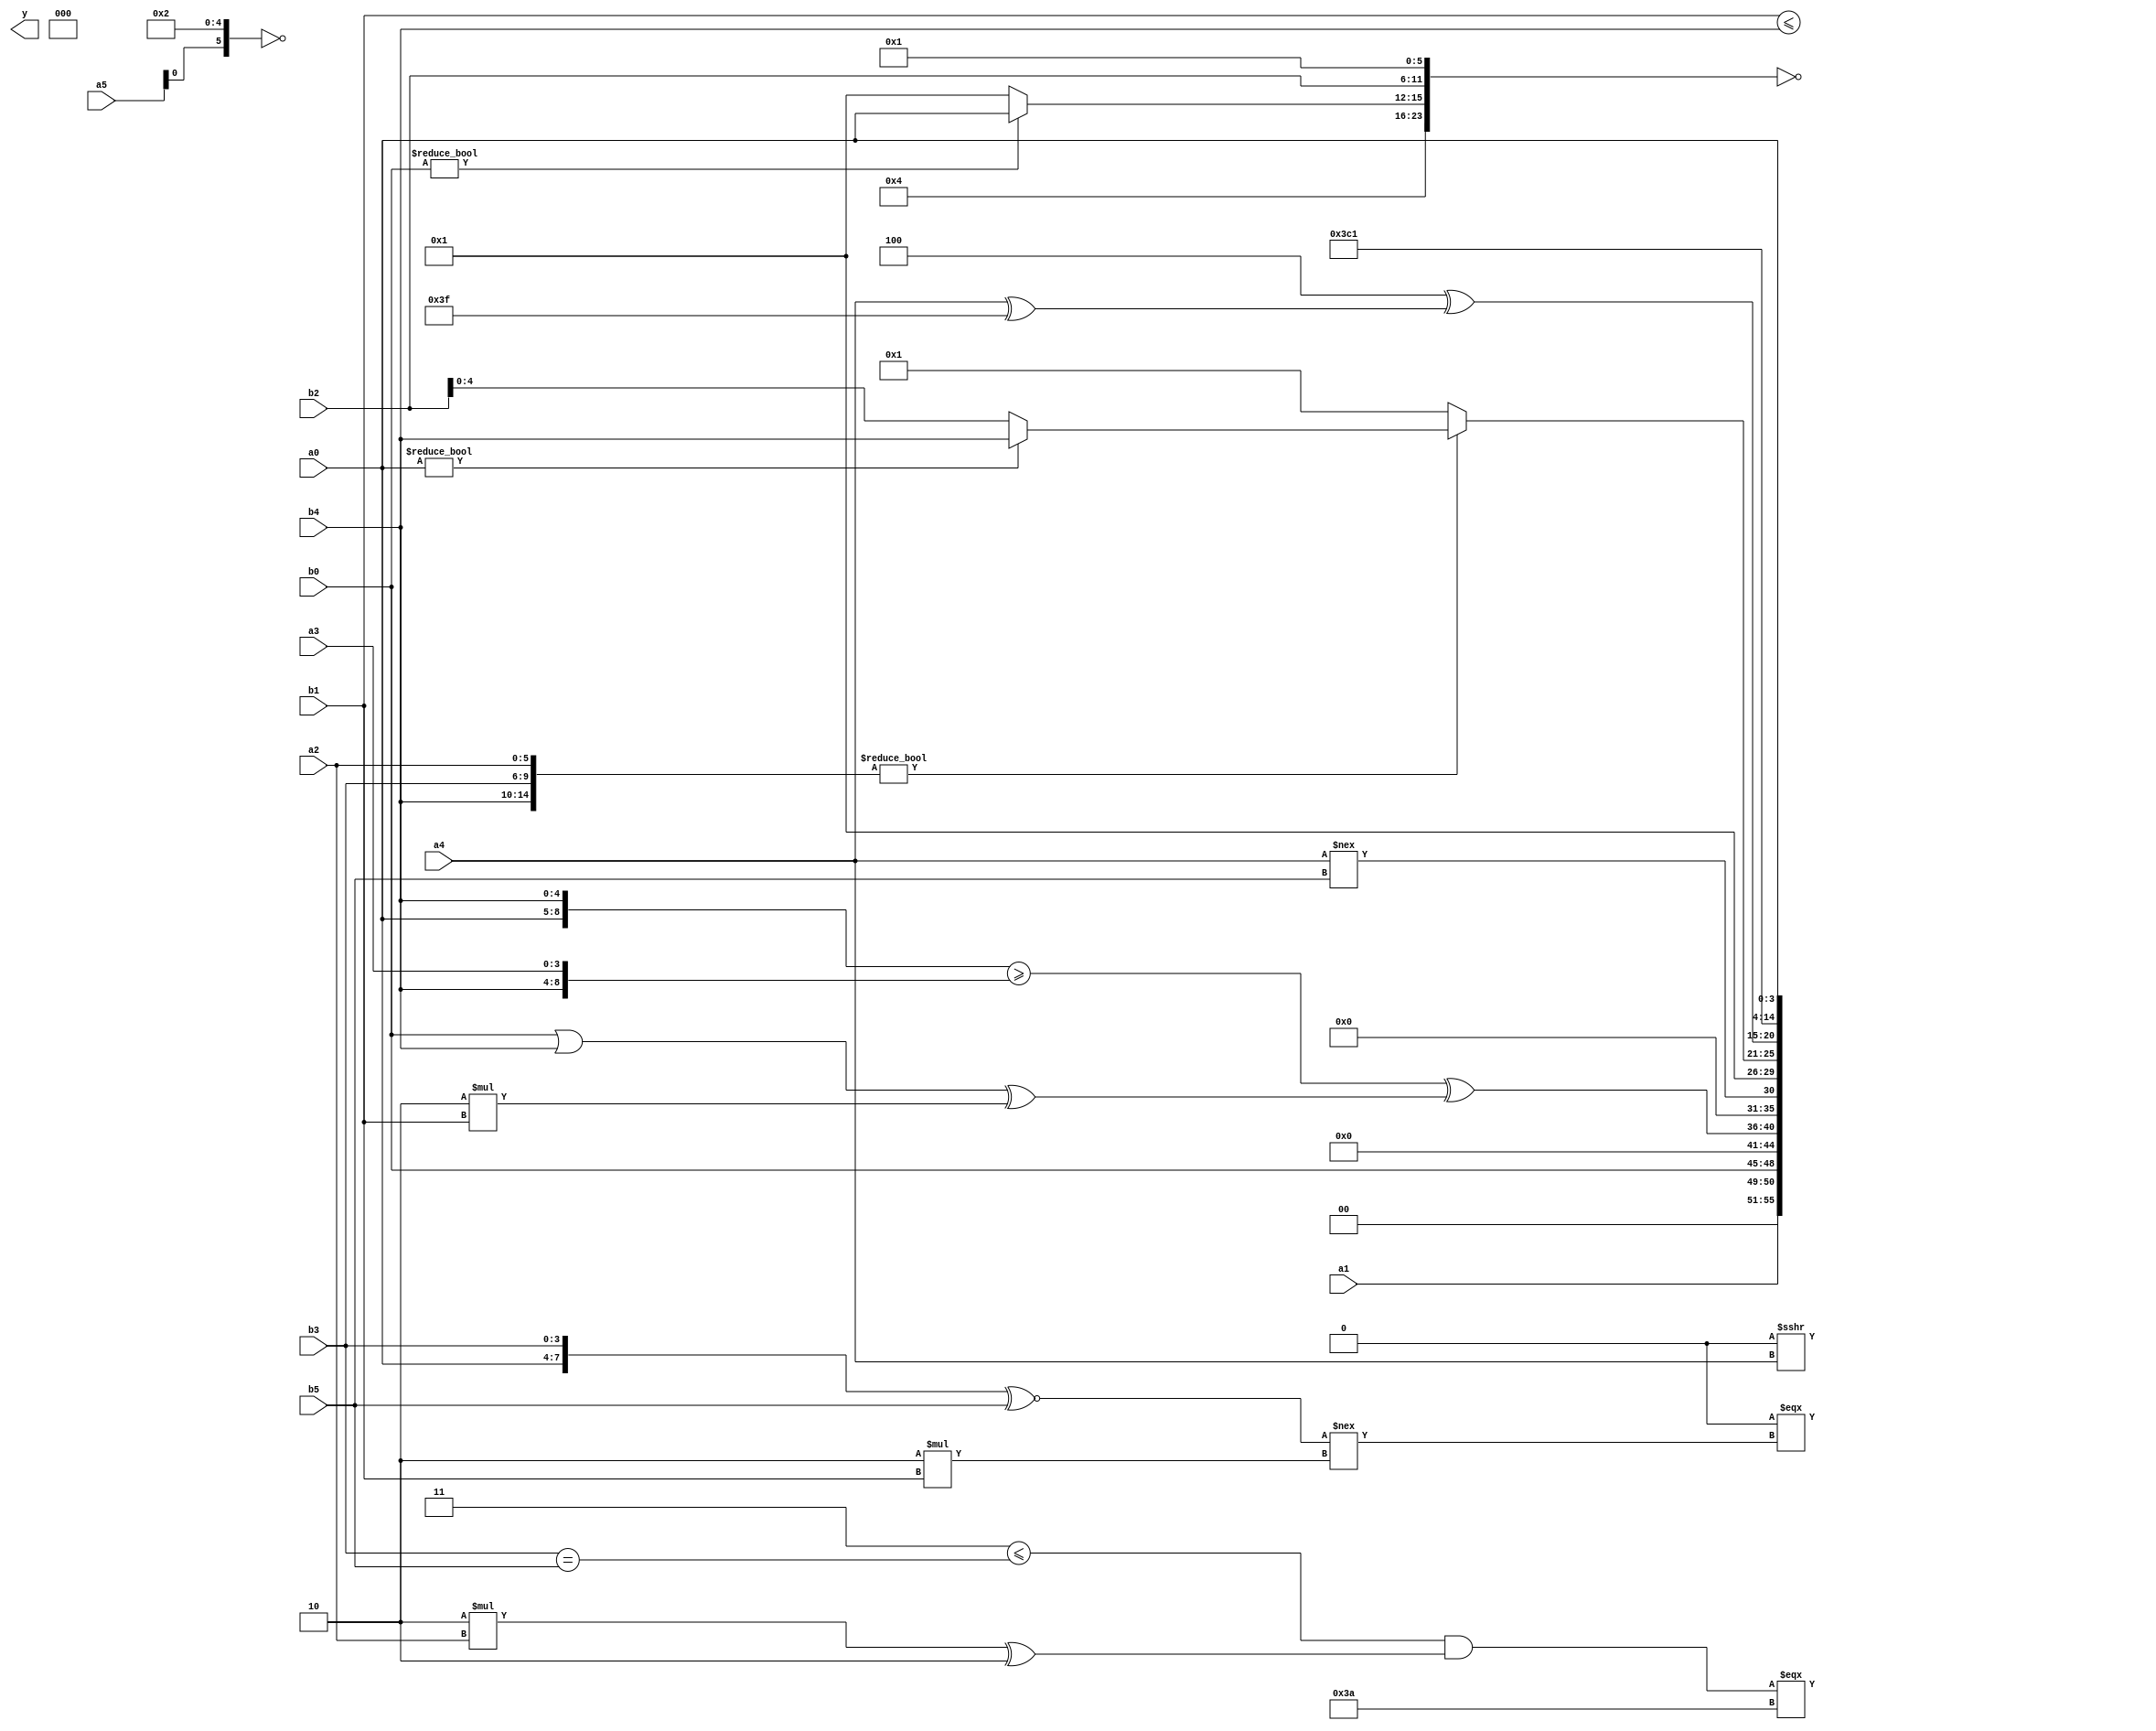
module expression_00478(a0, a1, a2, a3, a4, a5, b0, b1, b2, b3, b4, b5, y);
  input [3:0] a0;
  input [4:0] a1;
  input [5:0] a2;
  input signed [3:0] a3;
  input signed [4:0] a4;
  input signed [5:0] a5;

  input [3:0] b0;
  input [4:0] b1;
  input [5:0] b2;
  input signed [3:0] b3;
  input signed [4:0] b4;
  input signed [5:0] b5;

  wire [3:0] y0;
  wire [4:0] y1;
  wire [5:0] y2;
  wire signed [3:0] y3;
  wire signed [4:0] y4;
  wire signed [5:0] y5;
  wire [3:0] y6;
  wire [4:0] y7;
  wire [5:0] y8;
  wire signed [3:0] y9;
  wire signed [4:0] y10;
  wire signed [5:0] y11;
  wire [3:0] y12;
  wire [4:0] y13;
  wire [5:0] y14;
  wire signed [3:0] y15;
  wire signed [4:0] y16;
  wire signed [5:0] y17;

  output [89:0] y;
  assign y = {y0,y1,y2,y3,y4,y5,y6,y7,y8,y9,y10,y11,y12,y13,y14,y15,y16,y17};

  localparam [3:0] p0 = (((2'sd0)^~(-5'sd13))&((4'sd3)<<(4'd13)));
  localparam [4:0] p1 = {4{(5'd12)}};
  localparam [5:0] p2 = ((((-5'sd3)<<<(2'd1))^((-5'sd14)<<<(4'd10)))-(((-2'sd0)^~(-4'sd7))|(~(5'd3))));
  localparam signed [3:0] p3 = (&(+(|(5'd13))));
  localparam signed [4:0] p4 = (~^{3{(!(5'sd2))}});
  localparam signed [5:0] p5 = (~^({((-5'sd10)^(-3'sd2)),((-2'sd0)<<<(5'd25))}+{{(-3'sd0),(2'd1)},((-2'sd0)<=(5'd30)),(-(5'd14))}));
  localparam [3:0] p6 = (((4'd4)?(-4'sd3):(4'd10))?((-2'sd0)?(-2'sd1):(5'sd0)):((-4'sd6)?(3'd6):(-2'sd0)));
  localparam [4:0] p7 = {({2{(-2'sd0)}}||{((5'sd3)&&(3'd4))}),{((3'd7)^~(-5'sd6)),(-5'sd15),((-3'sd2)<=(2'd2))}};
  localparam [5:0] p8 = (-3'sd1);
  localparam signed [3:0] p9 = (-(-2'sd1));
  localparam signed [4:0] p10 = {2{((-3'sd0)+(5'd31))}};
  localparam signed [5:0] p11 = ((~|((5'sd12)?(4'sd5):(4'sd5)))^(+(~&(4'sd6))));
  localparam [3:0] p12 = {2{(-4'sd3)}};
  localparam [4:0] p13 = (((^(3'd4))?((4'd2)?(2'sd0):(-4'sd6)):((-2'sd0)?(-3'sd3):(4'd0)))?(~&(-(+((4'd12)&(5'sd9))))):(~^(((3'sd1)?(3'd7):(5'sd6))+((4'd12)+(-2'sd0)))));
  localparam [5:0] p14 = {3{(~^(5'sd8))}};
  localparam signed [3:0] p15 = {{(-5'sd9),(3'd1),(3'sd2)},{(-4'sd6),(2'd2),(-5'sd6)},{(4'd7),(-2'sd0),(5'd30)}};
  localparam signed [4:0] p16 = (((-4'sd7)^(4'sd0))>>((-5'sd10)<<<(2'd3)));
  localparam signed [5:0] p17 = (~^(((~|(4'd8))<=(-(3'd4)))<((~&(2'd2))!=(~&(-3'sd0)))));

  assign y0 = $unsigned($unsigned((((($signed({a0,p13,a5}))=={b1,p10,a5})>>>$unsigned($unsigned($signed({(p13>=p11),$unsigned((a4))})))))));
  assign y1 = (^(!(~&(!$signed({(((~p12)?(^p7):(p8))),{{(b0?a0:p17),{b2,p17}}}})))));
  assign y2 = ((!(-5'sd5))==={1{((({a0,b3}^~$unsigned(b5))!==(5'd2 * $unsigned(b1))))}});
  assign y3 = (((+((5'sd3)<=(b3==b5)))&((5'd2 * a2)^(4'sd2)))===(-4'sd6));
  assign y4 = (b1<=b4);
  assign y5 = {(~{(~&p8),{3{a5}},{1{p7}}})};
  assign y6 = ((((p14>p0)>>(p10==p10))||(~|$unsigned((p11^p2))))|((p13<=p15)%p5));
  assign y7 = $unsigned(((p7?p12:p12)?{a4,a1}:$signed(a0)));
  assign y8 = {p11,p16,b0};
  assign y9 = (!(!((^$unsigned((!(^$signed((p15||p16))))))|((~|(^p8))>>$signed((~&p7))))));
  assign y10 = (({a0,b4}>={b4,a3})^((b0|b4)^(4'd2 * b1)));
  assign y11 = (a4!==b5);
  assign y12 = {1{(-(~^((p2)?(p1):(p1))))}};
  assign y13 = $unsigned(({b4,b3,a2}?(a0?b4:b2):(p3>>>p0)));
  assign y14 = {({a1}?{a2}:(5'd2 * b1)),(+{2{(b5<=b3)}}),(+((-p2)^(a4^p8)))};
  assign y15 = {3{{1{(~&(-(!p7)))}}}};
  assign y16 = {$unsigned(a1),(-4'sd5),(p6)};
  assign y17 = ((-3'sd3)?{{p2,p4},{{p17,a0}}}:((b3?p11:b4)?(b4?p12:p12):(b1!==a3)));
endmodule